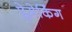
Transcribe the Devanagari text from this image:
प्लेमेकिंग